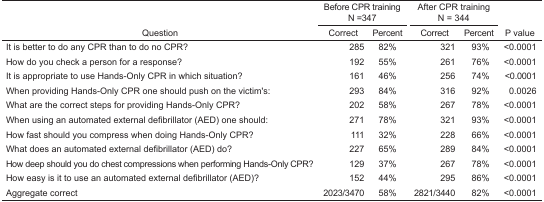
<table><thead><tr><td rowspan="3"><b>Question</b></td><td colspan="2"><b>Before CPR trainingN =347</b></td><td colspan="2"><b>After CPR trainingN = 344</b></td><td rowspan="3"><b>P value</b></td></tr><tr><td><b>Correct</b></td><td><b>Percent</b></td><td><b>Correct</b></td><td><b>Percent</b></td></tr></thead><tbody><tr><td>It is better to do any CPR than to do no CPR?</td><td>285</td><td>82%</td><td>321</td><td>93%</td><td>&lt;0.0001</td></tr><tr><td>How do you check a person for a response?</td><td>192</td><td>55%</td><td>261</td><td>76%</td><td>&lt;0.0001</td></tr><tr><td>It is appropriate to use Hands-Only CPR in which situation?</td><td>161</td><td>46%</td><td>256</td><td>74%</td><td>&lt;0.0001</td></tr><tr><td>When providing Hands-Only CPR one should push on the victim&#x27;s:</td><td>293</td><td>84%</td><td>316</td><td>92%</td><td>0.0026</td></tr><tr><td>What are the correct steps for providing Hands-Only CPR?</td><td>202</td><td>58%</td><td>267</td><td>78%</td><td>&lt;0.0001</td></tr><tr><td>When using an automated external defibrillator (AED) one should:</td><td>271</td><td>78%</td><td>321</td><td>93%</td><td>&lt;0.0001</td></tr><tr><td>How fast should you compress when doing Hands-Only CPR?</td><td>111</td><td>32%</td><td>228</td><td>66%</td><td>&lt;0.0001</td></tr><tr><td>What does an automated external defibrillator (AED) do?</td><td>227</td><td>65%</td><td>289</td><td>84%</td><td>&lt;0.0001</td></tr><tr><td>How deep should you do chest compressions when performing Hands-Only CPR?</td><td>129</td><td>37%</td><td>267</td><td>78%</td><td>&lt;0.0001</td></tr><tr><td>How easy is it to use an automated external defibrillator (AED)?</td><td>152</td><td>44%</td><td>295</td><td>86%</td><td>&lt;0.0001</td></tr><tr><td>Aggregate correct</td><td>2023/3470</td><td>58%</td><td>2821/3440</td><td>82%</td><td>&lt;0.0001</td></tr></tbody></table>